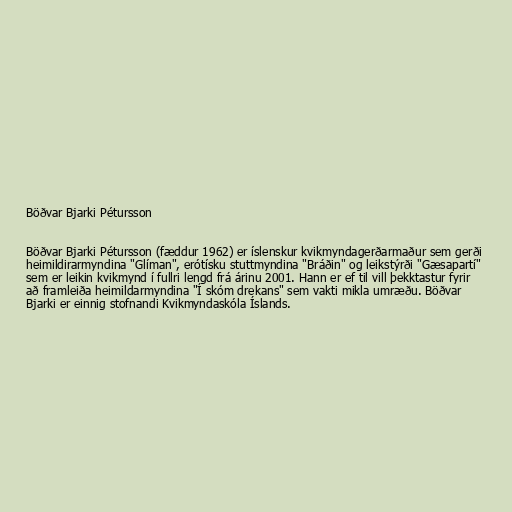
Böðvar Bjarki Pétursson

Böðvar Bjarki Pétursson (fæddur 1962) er íslenskur kvikmyndagerðarmaður sem gerði
heimildirarmyndina "Glíman", erótísku stuttmyndina "Bráðin" og leikstýrði "Gæsapartí"
sem er leikin kvikmynd í fullri lengd frá árinu 2001. Hann er ef til vill þekktastur fyrir
að framleiða heimildarmyndina "Í skóm drekans" sem vakti mikla umræðu. Böðvar
Bjarki er einnig stofnandi Kvikmyndaskóla Íslands.